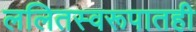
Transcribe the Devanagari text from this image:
ललितस्वरूपातही